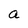
Character: a